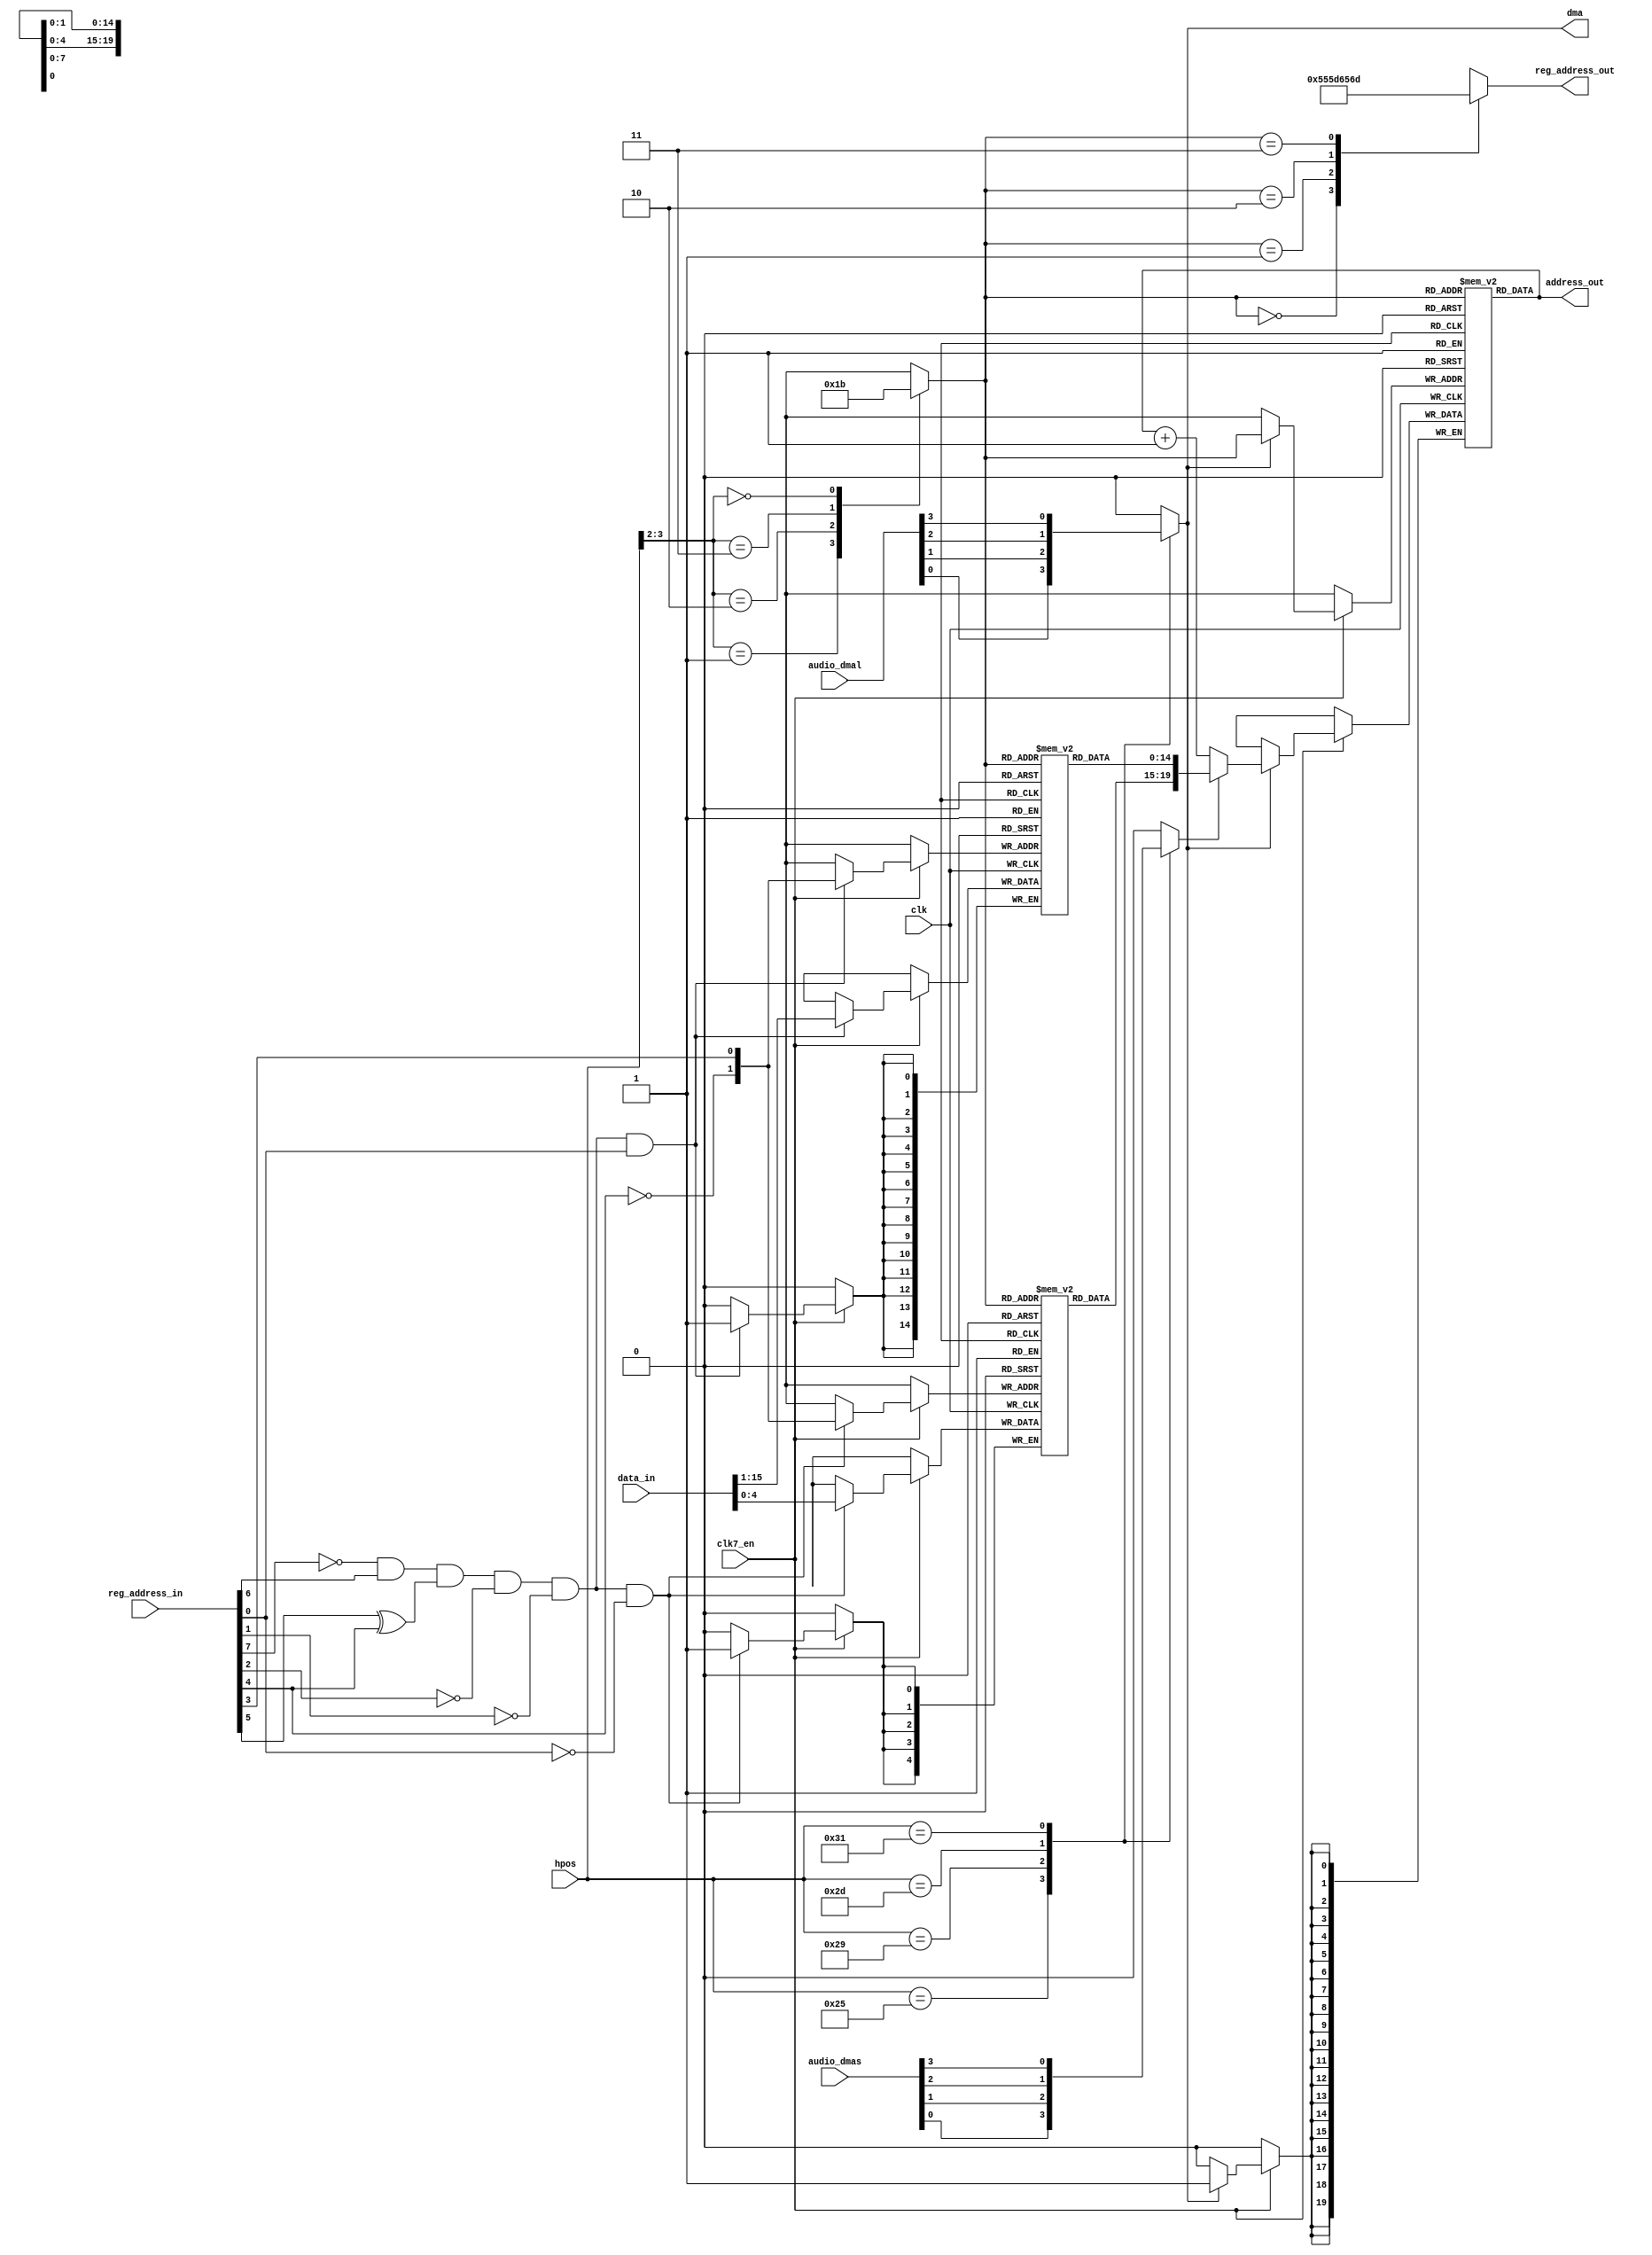
// This program was cloned from: https://github.com/Mazamars312/Analogue-Amiga
// License: GNU General Public License v3.0

////////////////////////////////////////////////////////////////////////////////
//                                                                            //
// Copyright 2006, 2007 Dennis van Weeren                                     //
//                                                                            //
// This file is part of Minimig                                               //
//                                                                            //
// Minimig is free software; you can redistribute it and/or modify            //
// it under the terms of the GNU General Public License as published by       //
// the Free Software Foundation; either version 3 of the License, or          //
// (at your option) any later version.                                        //
//                                                                            //
// Minimig is distributed in the hope that it will be useful,                 //
// but WITHOUT ANY WARRANTY; without even the implied warranty of             //
// MERCHANTABILITY or FITNESS FOR A PARTICULAR PURPOSE.  See the              //
// GNU General Public License for more details.                               //
//                                                                            //
// You should have received a copy of the GNU General Public License          //
// along with this program.  If not, see <http://www.gnu.org/licenses/>.      //
//                                                                            //
////////////////////////////////////////////////////////////////////////////////
//                                                                            //
// Audio DMA engine                                                           //
//                                                                            //
// 2 dma cycle types are defined:                                             //
// - restart pointer (go back to the beginning of the sample): dmas active    //
// - advance pointer to the next word of the sample: dmas inactive            //
//                                                                            //
// dma slot allocation:                                                       //
// channel #0 : $0E                                                           //
// channel #1 : $10                                                           //
// channel #2 : $12                                                           //
// channel #3 : $14                                                           //
//                                                                            //
////////////////////////////////////////////////////////////////////////////////


module agnus_audiodma
(
  input  wire           clk,              // bus clock
  input  wire           clk7_en,          // 7MHz clock enable
  output wire           dma,              // true if audio dma engine uses it's cycle
  input  wire [  4-1:0] audio_dmal,       // audio dma data transfer request (from Paula)
  input  wire [  4-1:0] audio_dmas,       // audio dma location pointer restart (from Paula)
  input  wire [  9-1:0] hpos,             // horizontal beam counter
  input  wire [  9-1:1] reg_address_in,   // register address inputs
  output reg  [  9-1:1] reg_address_out,  // register address outputs
  input  wire [ 16-1:0] data_in,          // bus data in
  output wire [ 21-1:1] address_out       // chip address out
);


// register names and adresses
parameter AUD0DAT_REG = 9'h0AA;
parameter AUD1DAT_REG = 9'h0BA;
parameter AUD2DAT_REG = 9'h0CA;
parameter AUD3DAT_REG = 9'h0DA;

// local signals
wire          audlcena;     // audio dma location pointer register address enable
wire [  1: 0] audlcsel;     // audio dma location pointer select
reg  [ 20:16] audlch [3:0]; // audio dma location pointer bank (high word)
reg  [ 15: 1] audlcl [3:0]; // audio dma location pointer bank (low word)
wire [ 20: 1] audlcout;     // audio dma location pointer bank output
reg  [ 20: 1] audpt [3:0];  // audio dma pointer bank
wire [ 20: 1] audptout;     // audio dma pointer bank output
reg  [  1: 0] channel;      // audio dma channel select
reg           dmal;
reg           dmas;

// location registers address enable
// active when any of the location registers is addressed
// $A0-$A3, $B0-$B3, $C0-$C3, $D0-$D3,
assign audlcena = ~reg_address_in[8] & reg_address_in[7] & (reg_address_in[6]^reg_address_in[5]) & ~reg_address_in[3] & ~reg_address_in[2];

// location register channel select
assign audlcsel = {~reg_address_in[5],reg_address_in[4]};

// audio location register bank
always @ (posedge clk) begin
  if (clk7_en) begin
    if (audlcena & ~reg_address_in[1]) // AUDxLCH
      audlch[audlcsel] <= #1 data_in[4:0];
  end
end

always @ (posedge clk) begin
  if (clk7_en) begin
    if (audlcena & reg_address_in[1]) // AUDxLCL
      audlcl[audlcsel] <= #1 data_in[15:1];
  end
end

// get audio location pointer
assign audlcout = {audlch[channel],audlcl[channel]};

// dma cycle allocation
always @ (*) begin
  case (hpos)
    9'b0001_0010_1 : dmal = audio_dmal[0]; //$0E
    9'b0001_0100_1 : dmal = audio_dmal[1]; //$10
    9'b0001_0110_1 : dmal = audio_dmal[2]; //$12
    9'b0001_1000_1 : dmal = audio_dmal[3]; //$14
    default        : dmal = 0;
  endcase
end

// dma cycle request
assign dma = dmal;

// channel dmas encoding
always @ (*) begin
  case (hpos)
    9'b0001_0010_1 : dmas = audio_dmas[0]; //$0E
    9'b0001_0100_1 : dmas = audio_dmas[1]; //$10
    9'b0001_0110_1 : dmas = audio_dmas[2]; //$12
    9'b0001_1000_1 : dmas = audio_dmas[3]; //$14
    default        : dmas = 0;
  endcase
end

// dma channel select
always @ (*) begin
  case (hpos[3:2])
    2'b01 : channel = 0; //$0E
    2'b10 : channel = 1; //$10
    2'b11 : channel = 2; //$12
    2'b00 : channel = 3; //$14
  endcase
end

// memory address output
assign address_out[20:1] = audptout[20:1];

// audio pointers register bank (implemented using distributed ram) and ALU
always @ (posedge clk) begin
  if (clk7_en) begin
    if (dmal)
      audpt[channel] <= #1 dmas ? audlcout[20:1] : audptout[20:1] + 1'b1;
  end
end

// audio pointer output
assign audptout[20:1] = audpt[channel];

// register address output multiplexer
always @ (*) begin
  case (channel)
    0 : reg_address_out[8:1] = AUD0DAT_REG[8:1];
    1 : reg_address_out[8:1] = AUD1DAT_REG[8:1];
    2 : reg_address_out[8:1] = AUD2DAT_REG[8:1];
    3 : reg_address_out[8:1] = AUD3DAT_REG[8:1];
  endcase
end


endmodule